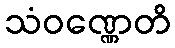
သံဝဏ္ဏေတိ